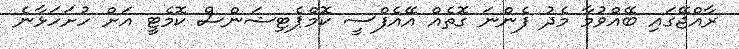
ރާއްޖޭގައި ބޭއްވުމާ މެދު ފެންނަ ގޮތެއް އޭއެފްސީ ކޮމްޕެޓިޝަންސް ކޮމެޓީ އަށް ހުށަހަޅާނެ